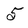
Character: 5